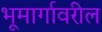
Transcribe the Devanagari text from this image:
भूमार्गावरील